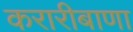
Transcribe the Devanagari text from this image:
करारीबाणा